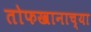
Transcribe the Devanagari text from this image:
तोफखानाच्या